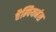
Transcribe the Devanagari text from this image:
चैम्पियनंस